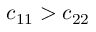
c _ { 1 1 } > c _ { 2 2 }